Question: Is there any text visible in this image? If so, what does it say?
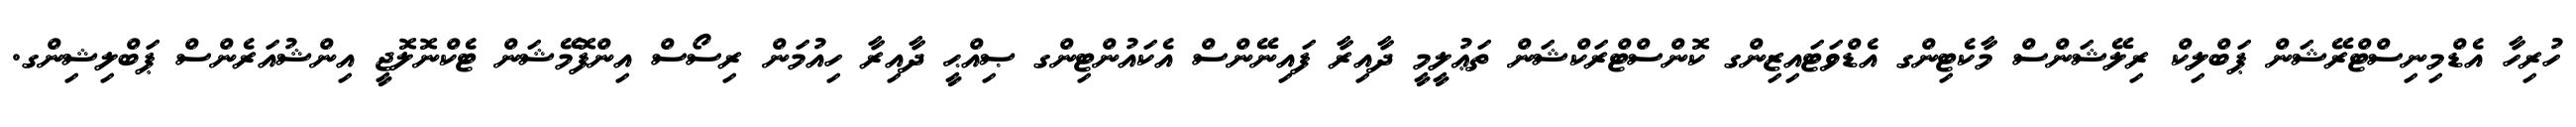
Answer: ހުރިހާ އެޑްމިނިސްޓްރޭޝަން ޕަބްލިކް ރިލޭޝަންސް މާކެޓިންގ އެޑްވަޓައިޒިންގ ކޮންސްޓްރަކްޝަން ތަޢުލީމީ ދާއިރާ ފައިނޭންސް އެކައުންޓިންގ ޞިއްޙީ ދާއިރާ ހިއުމަން ރިސޯސް އިންފޮމޭޝަން ޓެކްނޮލޮޖީ އިންޝުއަރެންސް ޕަބްލިޝިންގ.